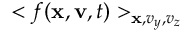
< f ( { \bf x } , { \bf v } , t ) > _ { { \bf x } , v _ { y } , v _ { z } }